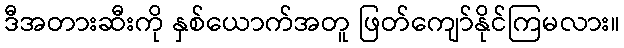
ဒီအတားဆီးကို နှစ်ယောက်အတူ ဖြတ်ကျော်နိုင်ကြမလား။